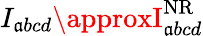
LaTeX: {I_{\mathfrak{a}bcd}\approxI_{\mathfrak{a}bcd}^{\mathrm{{NR}}}}